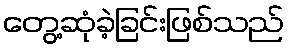
တွေ့ဆုံခဲ့ခြင်းဖြစ်သည်